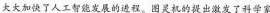
大大加快了人工智能发展的进程。图灵机的提出激发了科学家